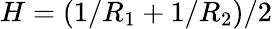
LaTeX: H=(1/R_{1}+1/R_{2})/2